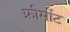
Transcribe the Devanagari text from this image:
फ्रीमोंट